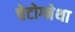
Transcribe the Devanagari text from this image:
चेटोग्नेथा